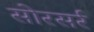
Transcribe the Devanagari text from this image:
सोरसर्र